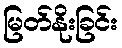
မြတ်နိုးခြင်း